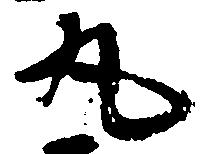
丸